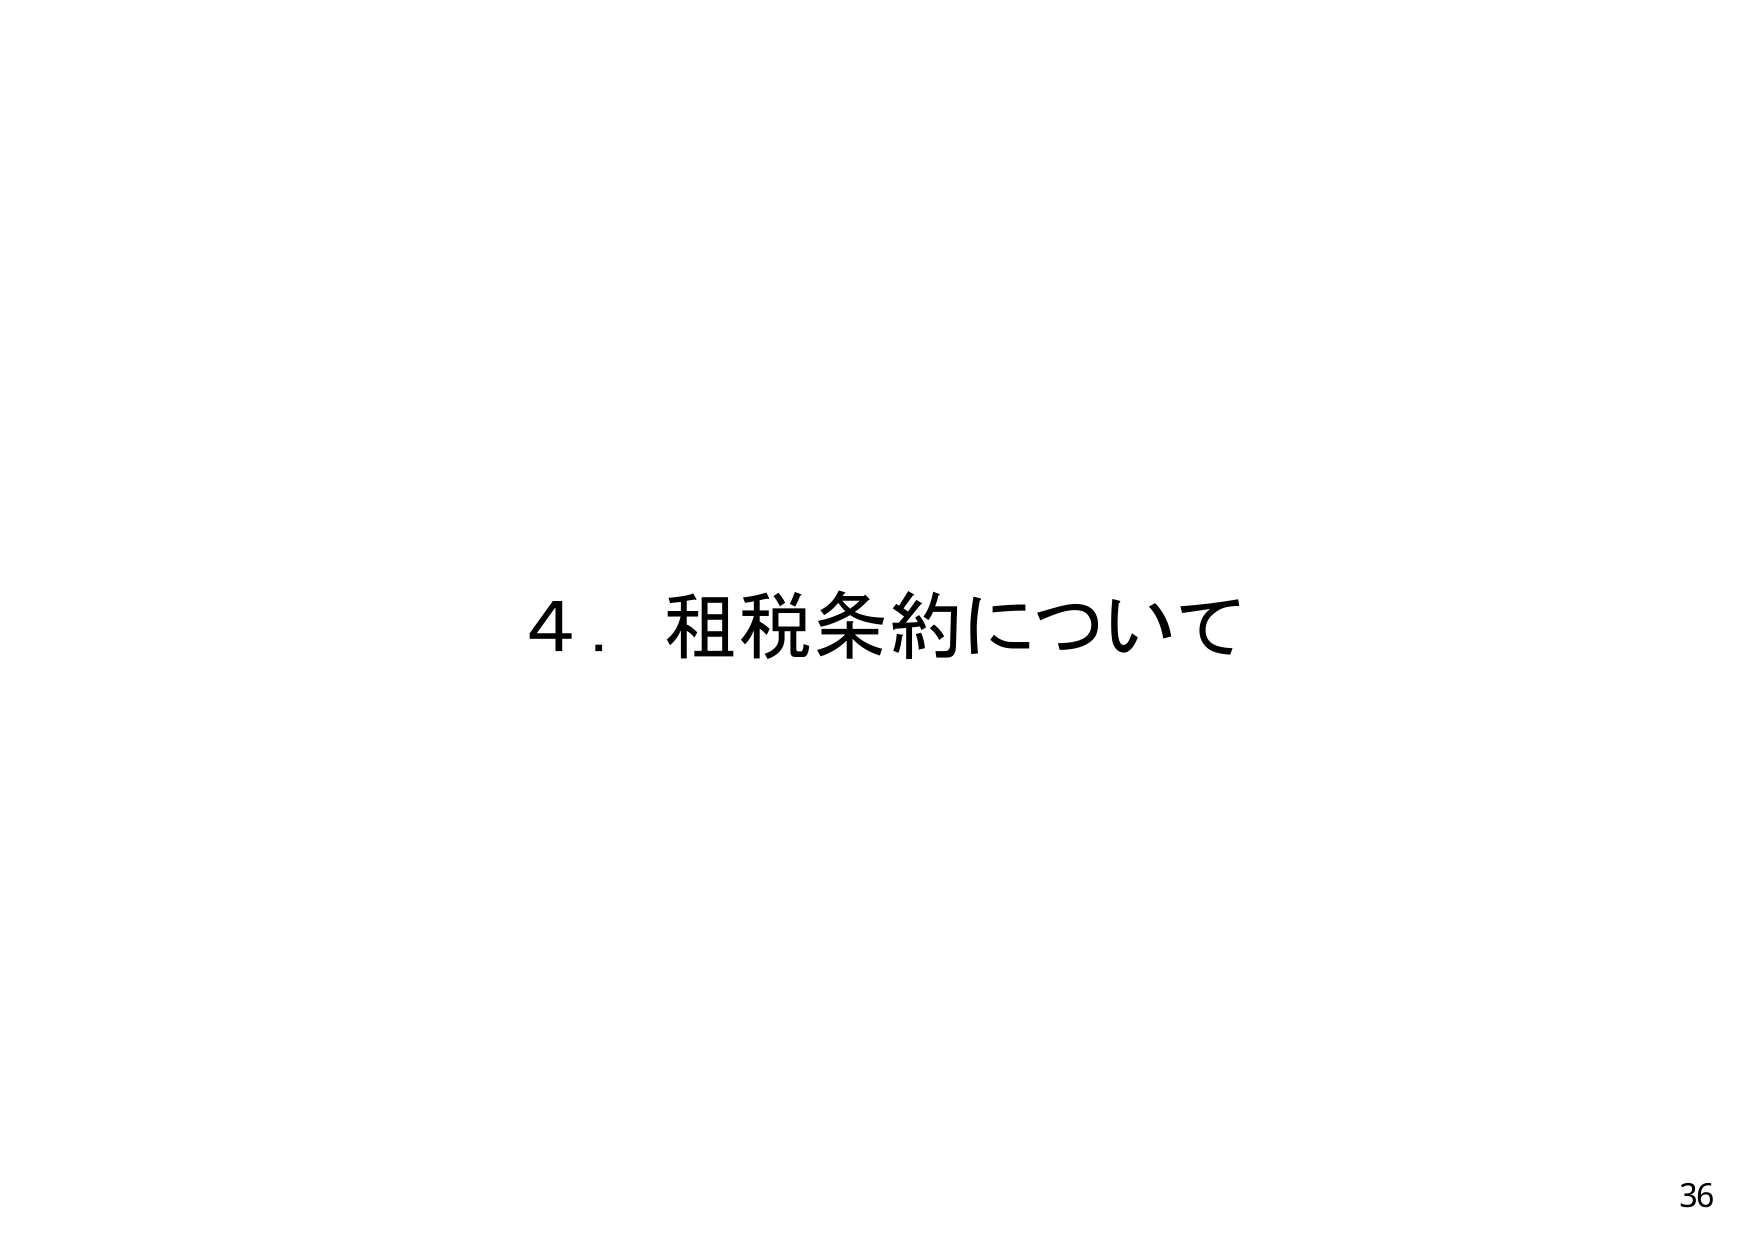
4．租税条約について
36